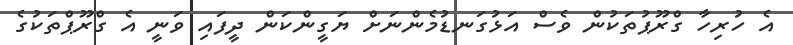
އެ ހުރިހާ ގްރޫޕުތަކުން ވެސް އަޅުގަނޑުމެންނަށް ޔަގީންކަން ދީފައި ވަނީ އެ ގްރޫޕްތަކުގެ